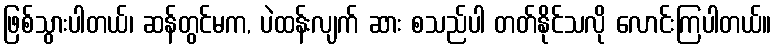
ဖြစ်သွားပါတယ်၊ ဆန်တွင်မက, ပဲထန်းလျက် ဆား စသည်ပါ တတ်နိုင်သလို လောင်းကြပါတယ်။